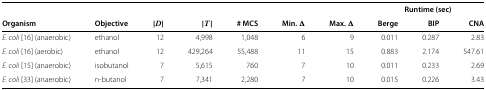
|  |  |  |  |  |  |  | <COLSPAN=3> Runtime (sec) |
 | Organism | Objective | |D| | |T| | # MCS | Min.Δ | Max.Δ | Berge | BIP | CNA |
 | --- | --- | --- | --- | --- | --- | --- | --- | --- | --- |
 | E. coli[16] (anaerobic) | ethanol | 12 | 4,998 | 1,048 | 6 | 9 | 0.011 | 0.287 | 2.83 |
 | E. coli[16] (aerobic) | ethanol | 12 | 429,264 | 55,488 | 11 | 15 | 0.883 | 2.174 | 547.61 |
 | E. coli[15] (anaerobic) | isobutanol | 7 | 5,615 | 760 | 7 | 10 | 0.011 | 0.233 | 2.69 |
 | E. coli[33] (anaerobic) | n-butanol | 7 | 7,341 | 2,280 | 7 | 10 | 0.015 | 0.226 | 3.43 |